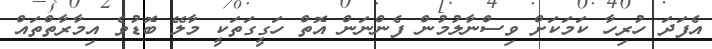
އެފަދަ ހުރިހާ ކަމަކަށް ވިސްނާލުމުން ފެންނަން އޮތް ހަގީގަތަކީ މާލޭ ބޮޑުވެ އިމާރާތްތައް